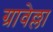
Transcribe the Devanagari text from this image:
ग्रावेल्ला